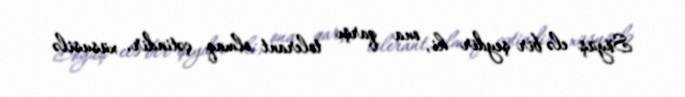
Söyüş elə bir şeydir ki, ona qarşı tolerant olmaq çətindir, xüsusilə